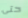
حتى